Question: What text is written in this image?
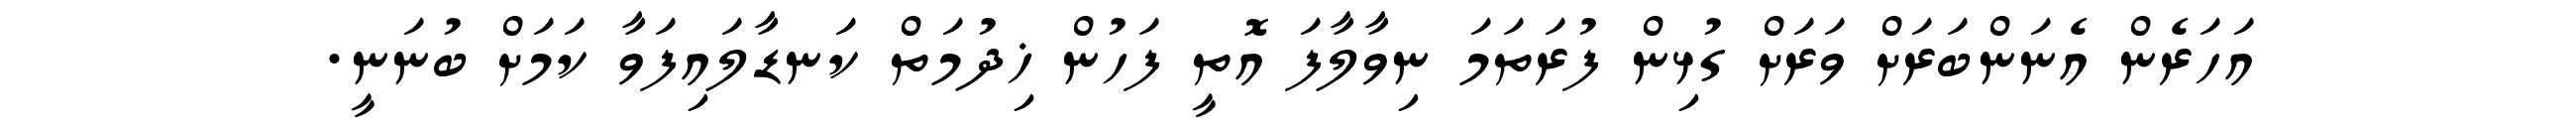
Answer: އަހަރެން އެނަންބަރަށް ވަރަށް ގުޅިން ފުރަތަމަ ނިވާލާފަ އޮތީ ފަހުން ޚިދުމަތް ކަނޑާލައިފަވާ ކަމަށް ބުނަނީ.